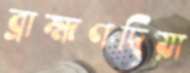
ব্রাহ্মণদিয়া